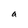
Character: a